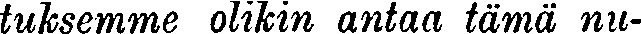
tuksemme olikin antaa tämä nu-